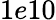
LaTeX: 1e10